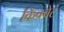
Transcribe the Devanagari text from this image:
किक्वेट